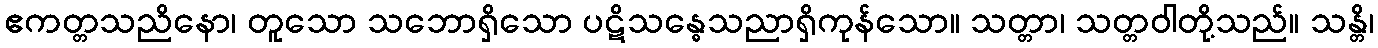
ဧကတ္တသညိနော၊ တူသော သဘောရှိသော ပဋိသန္ဓေသညာရှိကုန်သော။ သတ္တာ၊ သတ္တဝါတို့သည်။ သန္တိ၊